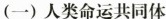
(一)人类命运共同体